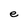
Character: e